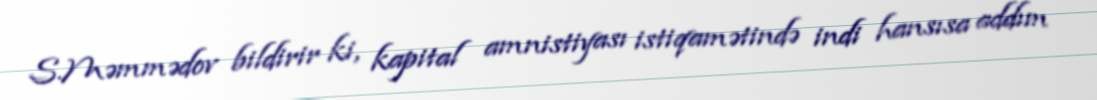
S.Məmmədov bildirir ki, kapital amnistiyası istiqamətində indi hansısa addım